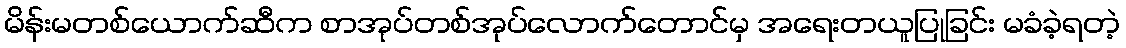
မိန်းမတစ်ယောက်ဆီက စာအုပ်တစ်အုပ်လောက်တောင်မှ အရေးတယူပြုခြင်း မခံခဲ့ရတဲ့